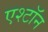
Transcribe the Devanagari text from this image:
एश्टॉन